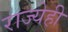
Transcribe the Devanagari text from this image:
राज्येही